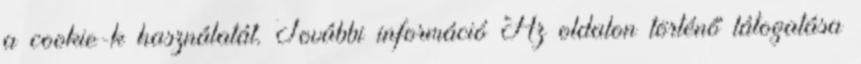
a cookie-k használatát. További információ Az oldalon történő látogatása